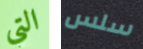
التي سلس